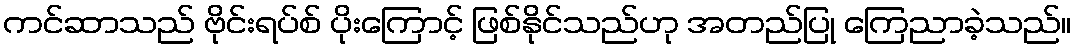
ကင်ဆာသည် ဗိုင်းရပ်စ် ပိုးကြောင့် ဖြစ်နိုင်သည်ဟု အတည်ပြု ကြေညာခဲ့သည်။